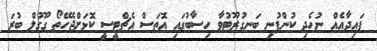
ފައިދާއެއް ނުހެދި ކުންފުނި ބަނގުރޫޓުވާ ހިސާބުގައި އޮތަސް އެޗްޓީސީ ކޮޅަށްޖެހޭތޯ ގޫގުލް ބުރަ